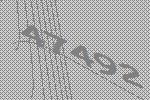
47492